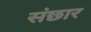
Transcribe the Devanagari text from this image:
संछार